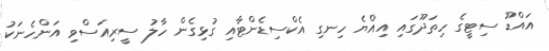
އައްޑޫ ސިޓީގެ ހިތަދޫގައި އިއްޔެ ހިނގި އެކްސިޑެންޓާއި ގުޅިގެން ހާލު ސީރިއަސްވި އަންހެނަކު